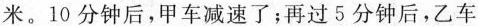
米。10分钟后，甲车减速了；再过5分钟后，乙车